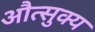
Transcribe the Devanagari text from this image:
औत्सुक्‍य